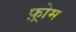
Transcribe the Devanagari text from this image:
फ़्रोम